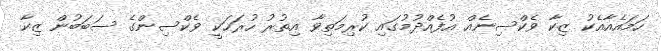
ހަމައެއާއެކު ޒިކާ ވެކްސިނެއް އުފެއްދުމުގައި ކުރިމަތިވާ އިތުރު ހުރަހަކީ ވެކްސިންގެ ސަބަބުން ޒިކާ